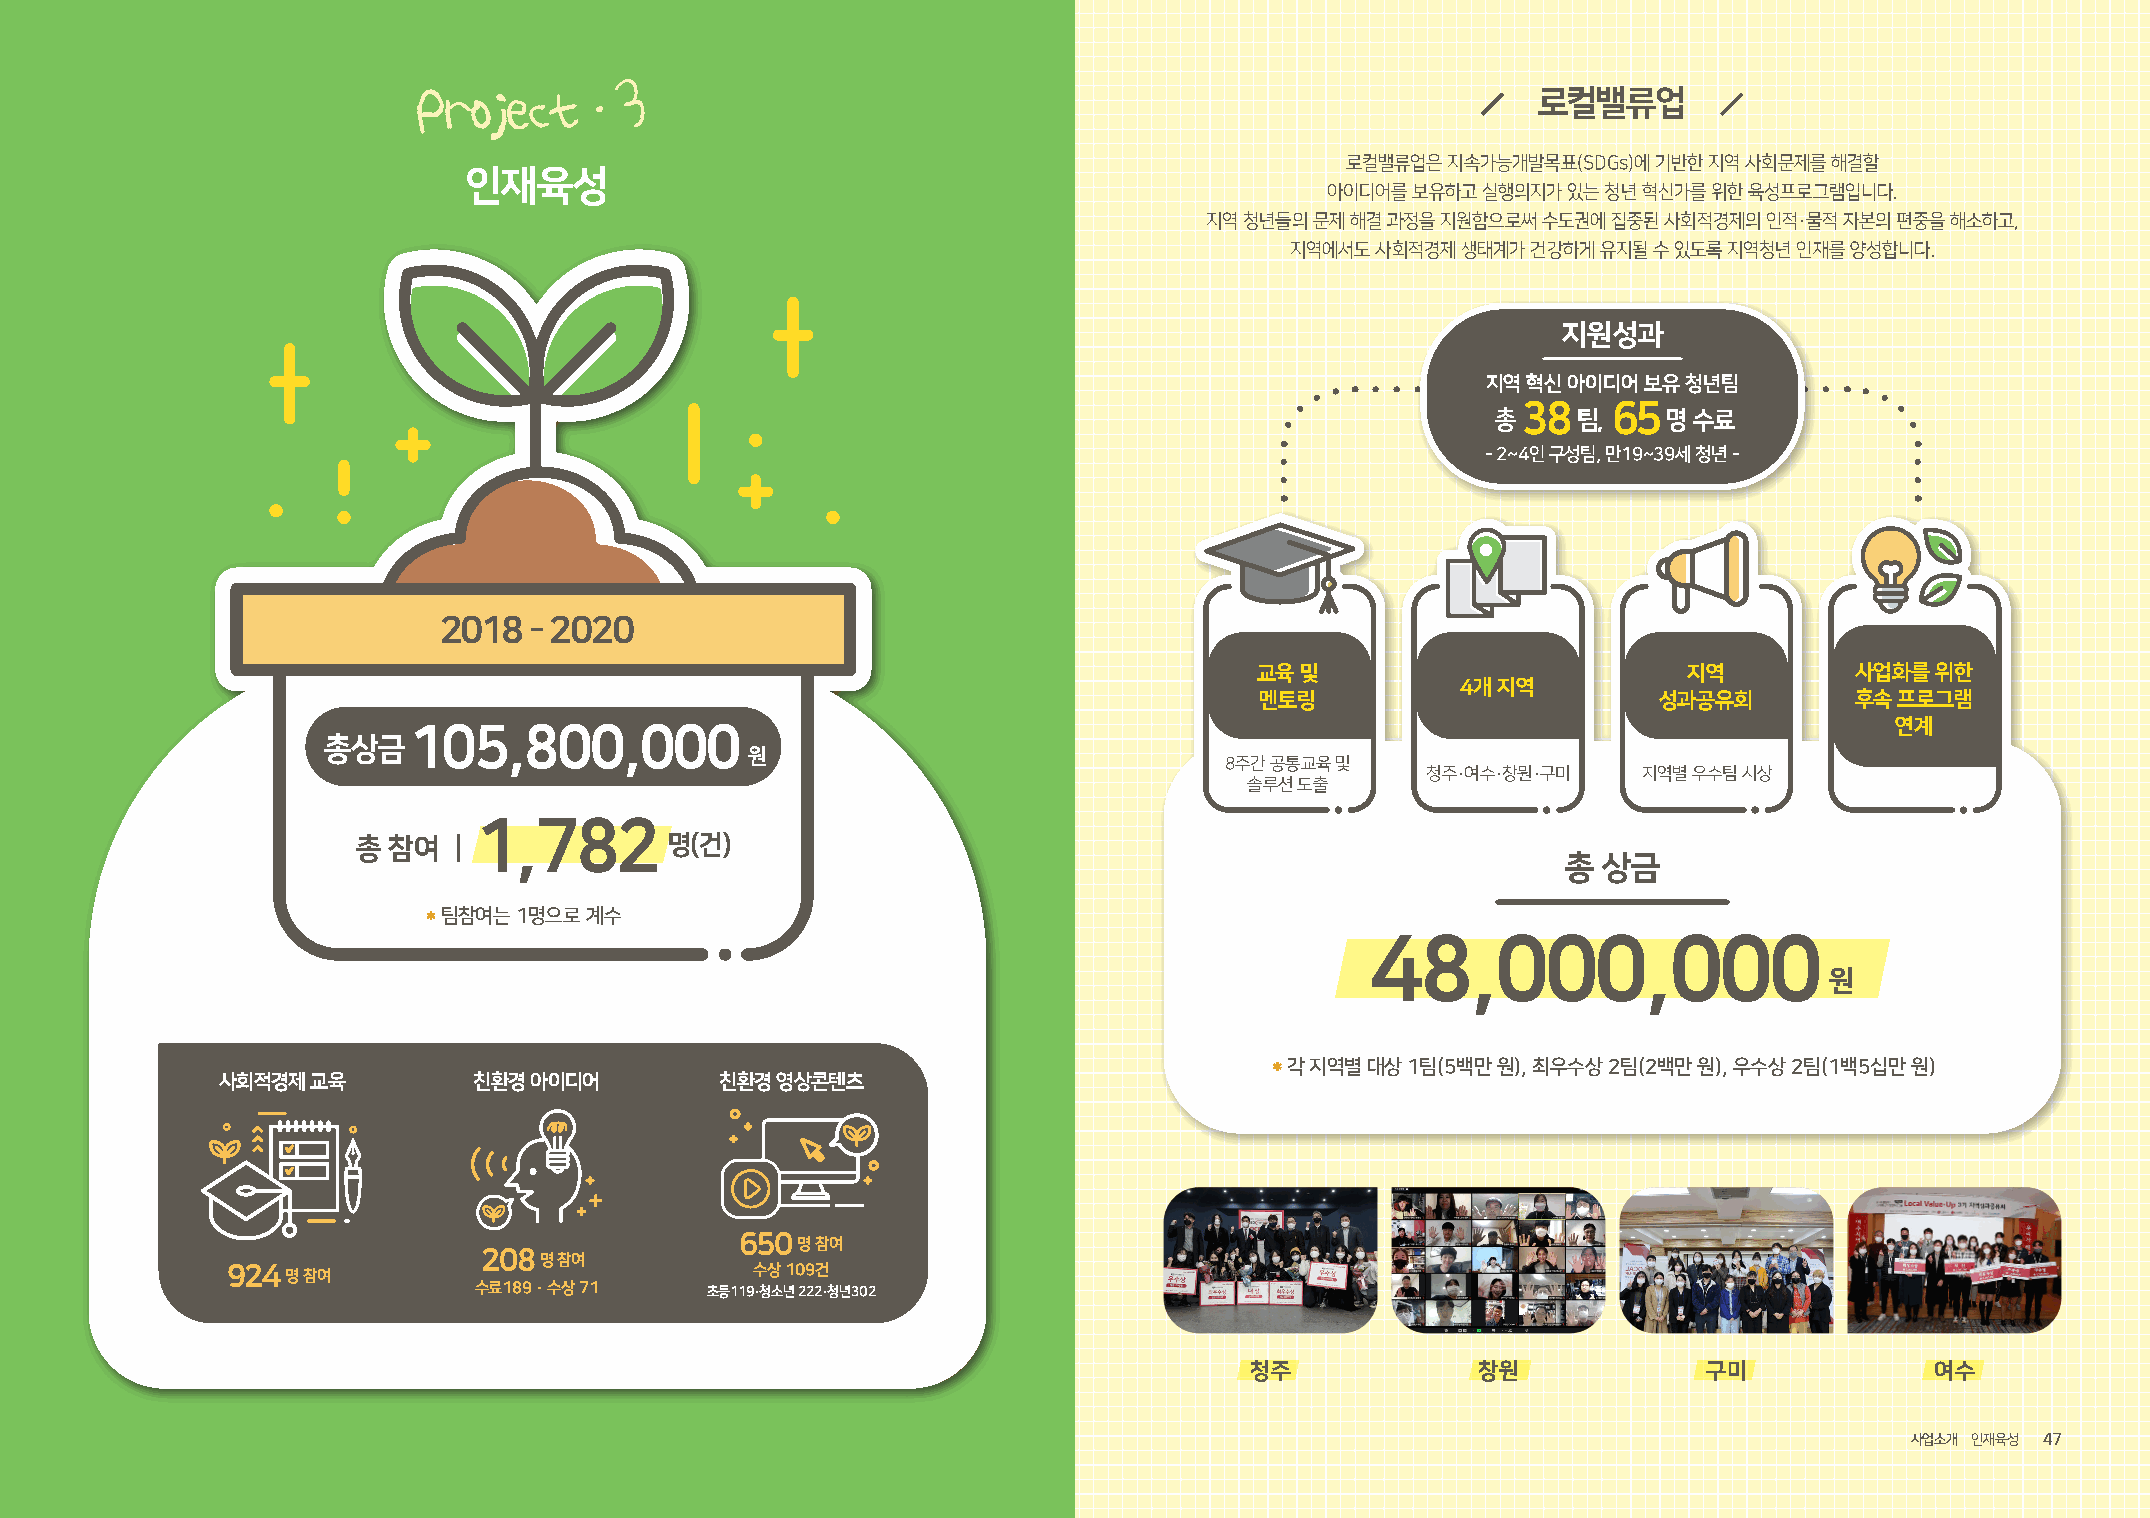
.
 3
 Project                                                                   로컬밸류업
 로컬밸류업은 지속가능개발목표(SDGs)에 기반한 지역 사회문제를 해결할
 인재육성
 아이디어를 보유하고 실행의지가 있는 청년 혁신가를 위한 육성프로그램입니다.
 지역 청년들의 문제 해결 과정을 지원함으로써 수도권에 집중된 사회적경제의 인적·물적 자본의 편중을 해소하고,
 지역에서도 사회적경제 생태계가 건강하게 유지될 수 있도록 지역청년 인재를 양성합니다.
 지원성과
 지역 혁신 아이디어 보유 청년팀
 38    65
 총    팀,    명 수료
 - 2~4인 구성팀, 만19~39세 청년 -
 2018  - 2020
 교육 및                         지역         사업화를 위한
 4개 지역
 멘토링                        성과공유회        후속 프로그램
 105,800,000                                                                                       연계
 총상금
 원
 8주간 공통교육 및
 청주·여수·창원·구미    지역별 우수팀 시상
 솔루션 도출
 1,782
 총 참여                명(건)
 총 상금
 * 팀참여는 1명으로 계수
 48,000,000
 원
 * 각 지역별 대상 1팀(5백만 원), 최우수상 2팀(2백만 원), 우수상 2팀(1백5십만 원)
 사회적경제  교육        친환경 아이디어         친환경 영상콘텐츠
 650명 참여
 208명 참여
 924명 참여                            수상 109건
 수료189 · 수상 71   초등119·청소년 222·청년302
 청주             창원             구미             여수
 46 LG SOCIAL CAMPUS 2020 ANNUAL REPORT                                                                              LG 소셜캠퍼사스업 소발개간 사인 ·재 육축성사 4477